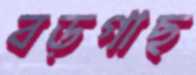
বড়গাছ